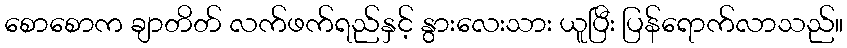
စောစောက ချာတိတ် လက်ဖက်ရည်နှင့် နွားလေးသား ယူပြီး ပြန်ရောက်လာသည်။